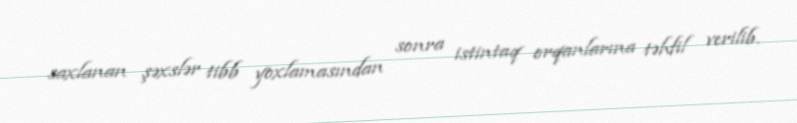
saxlanan şəxslər tibb yoxlamasından sonra istintaq orqanlarına təhfil verilib.